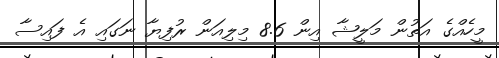
މީހެއްގެ އަތުން މަލީޝާ އިން 8.6 މިލިއަން ރުފިޔާ ނަގައި އެ ފައިސާ